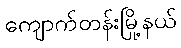
ကျောက်တန်းမြို့နယ်